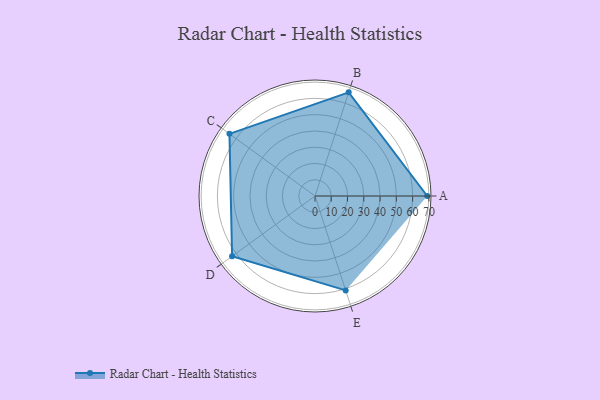
{"axis": {"x": "Skill", "y": "Score"}, "legend": ["Profile"], "data": [{"x": "A", "y": 69.0, "type": "Profile"}, {"x": "B", "y": 67.0, "type": "Profile"}, {"x": "C", "y": 65.0, "type": "Profile"}, {"x": "D", "y": 63.0, "type": "Profile"}, {"x": "E", "y": 61.0, "type": "Profile"}]}